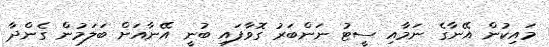
މައިކުން އޭނާގެ ނަމާއި ސީޓު ނަންބަރު ގޮވާފައި ބުނީ އޭނާއަށް ބަލަމުން ގެންދާ